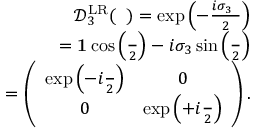
\begin{array} { r l r } & { } & { \mathcal { D } _ { 3 } ^ { \mathrm { L R } } ( { \it \Delta \phi } ) = \exp \left( - \frac { i \sigma _ { 3 } { \it \Delta \phi } } { 2 } \right) } \\ & { } & { = { \bf 1 } \cos \left( \frac { { \it \Delta \phi } } { 2 } \right) - i \sigma _ { 3 } \sin \left( \frac { { \it \Delta \phi } } { 2 } \right) } \\ & { } & { = \left( \begin{array} { c c } { \exp \left( - i \frac { { \it \Delta \phi } } { 2 } \right) } & { 0 } \\ { 0 } & { \exp \left( + i \frac { { \it \Delta \phi } } { 2 } \right) } \end{array} \right) . } \end{array}